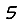
Digit: 5